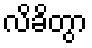
လိခိတွာ